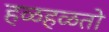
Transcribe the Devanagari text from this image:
हळहळतो